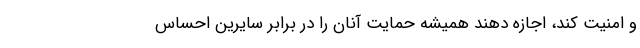
و امنیت کند، اجازه دهند همیشه حمایت آنان را در برابر سایرین احساس